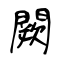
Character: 闕